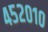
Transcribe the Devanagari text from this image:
४५२०१०